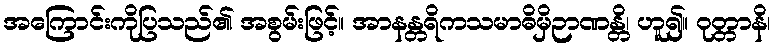
အကြောင်းကိုပြသည်၏ အစွမ်းဖြင့်။ အာနန္တရိကသမာဓိမှိဉာဏန္တိ၊ ဟူ၍။ ဝုတ္တာနိ၊